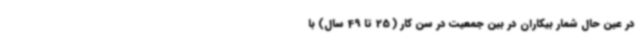
در عین حال شمار بیکاران در بین جمعیت در سن کار ( 25 تا 49 سال) با